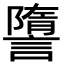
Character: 䜐